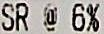
SR @ 6%